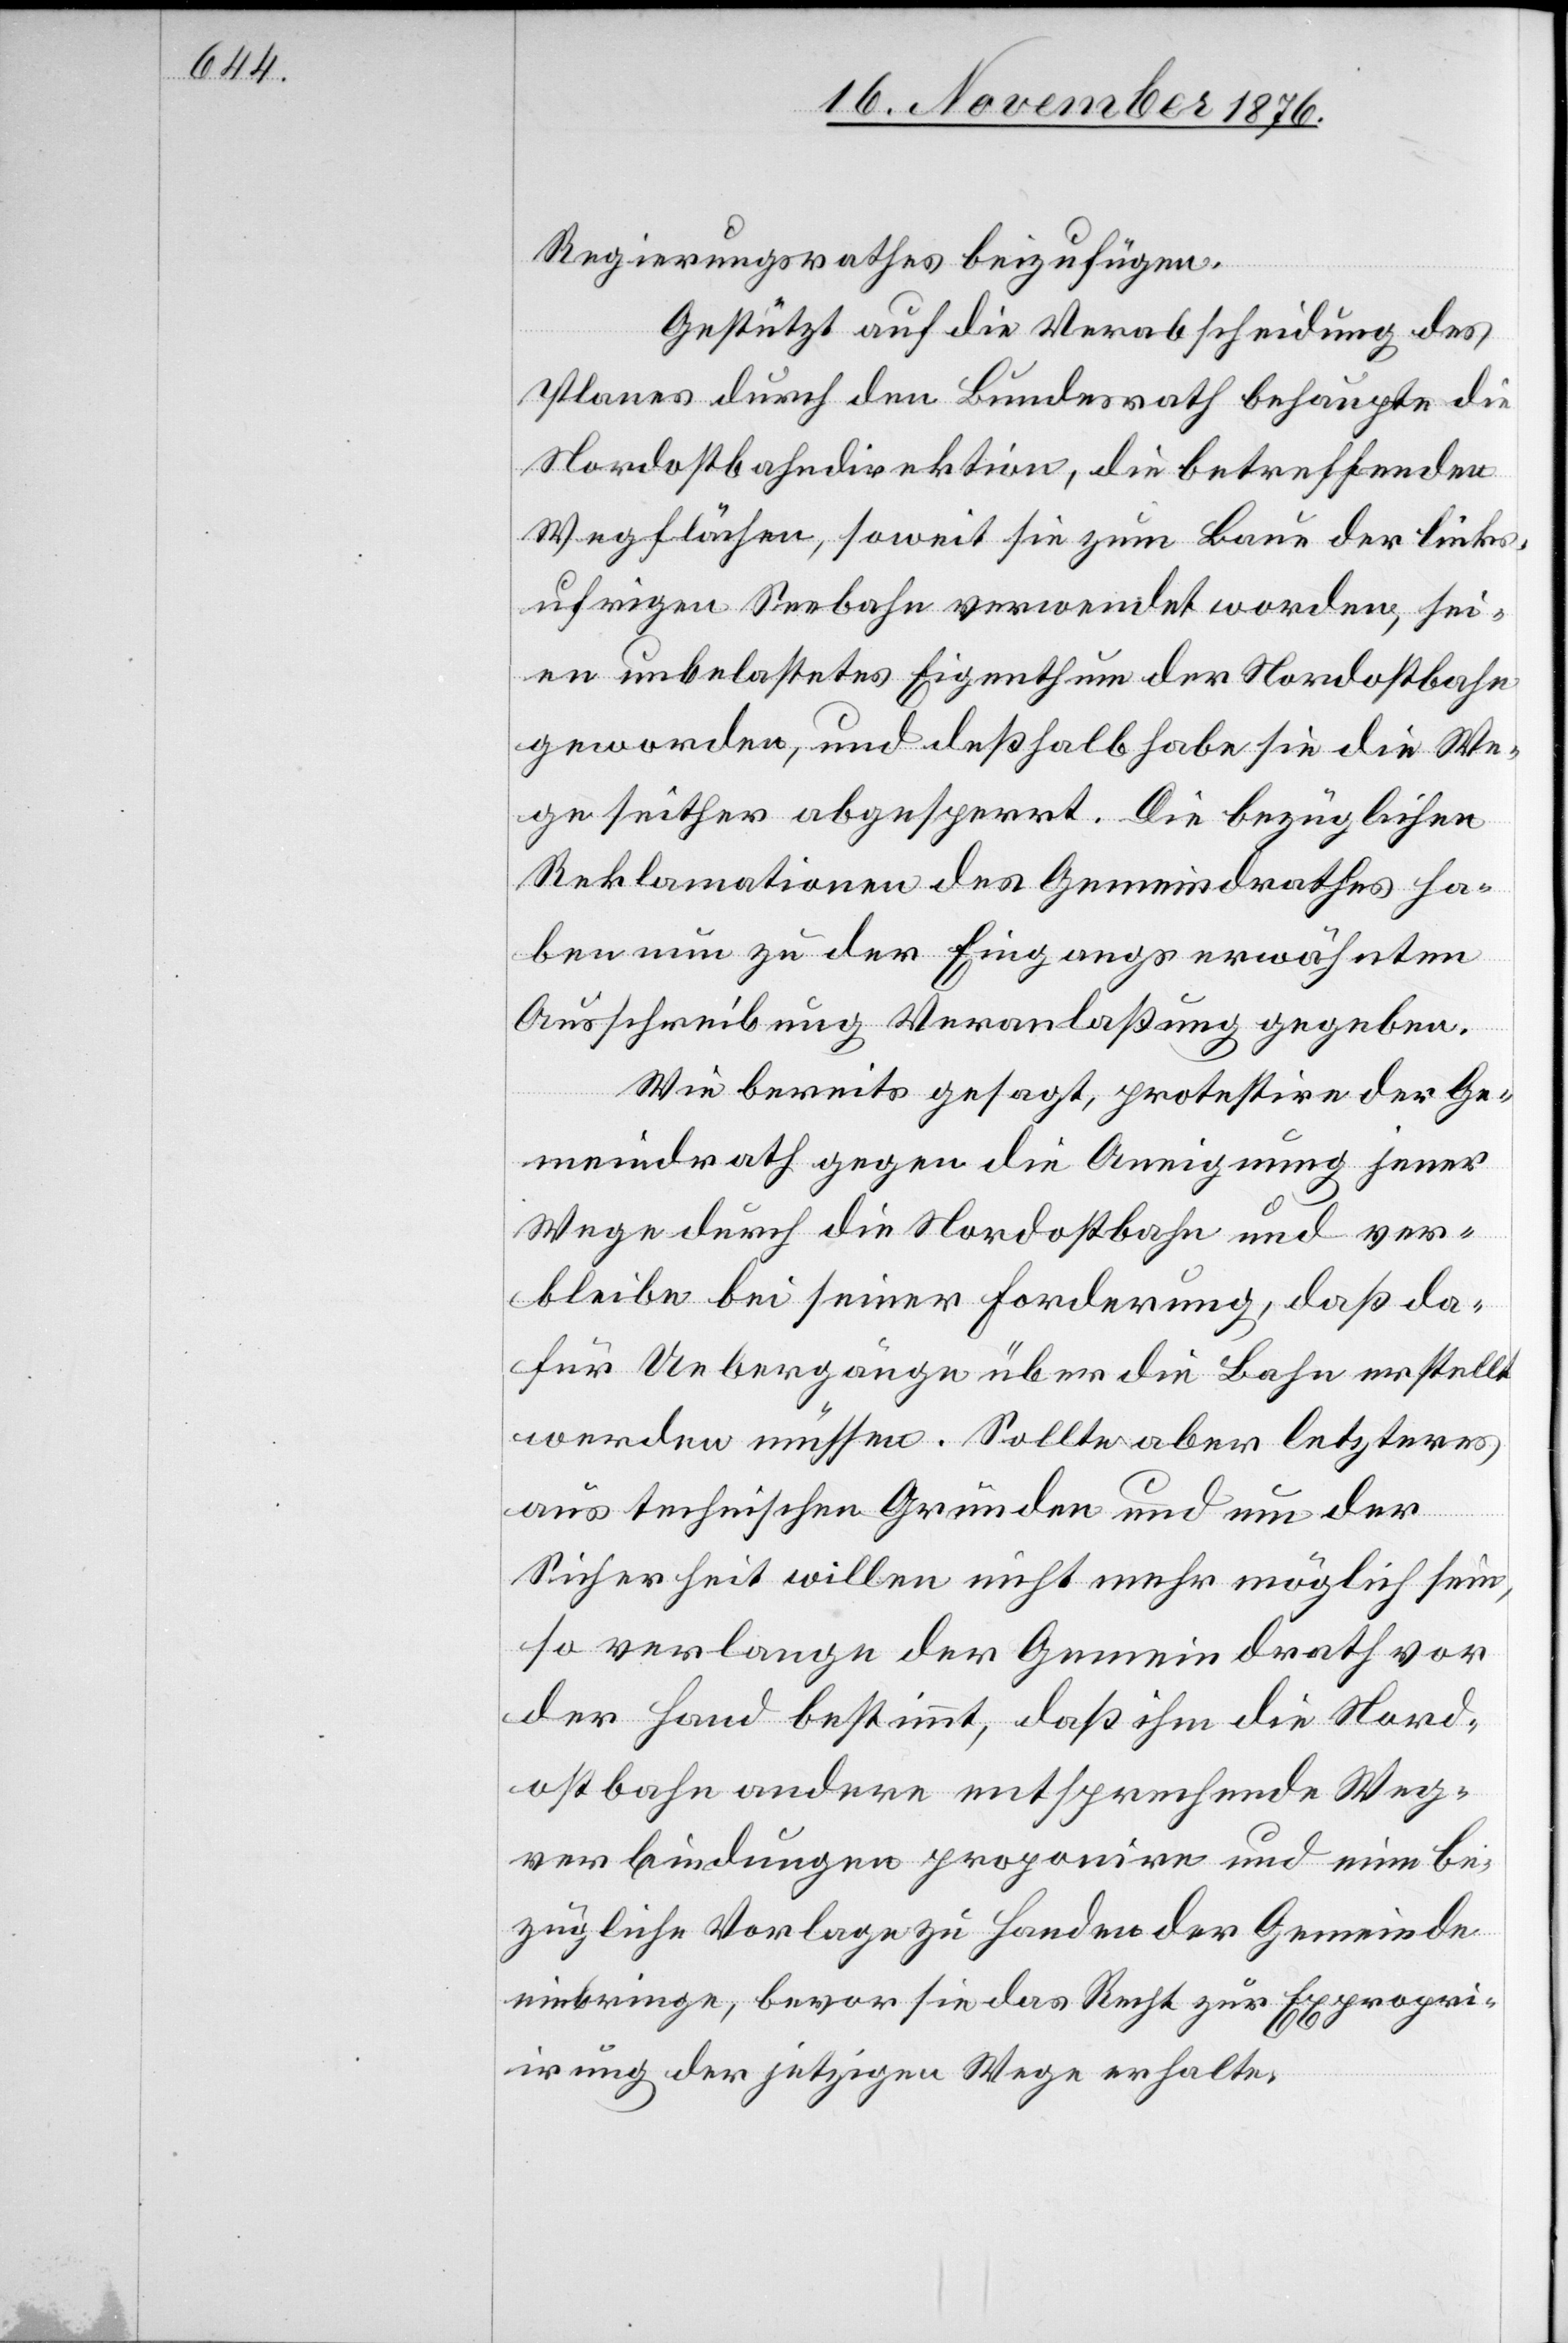
Regierungsrathes beizufügen.
Gestützt auf die Verabscheidung
Planes durch den Bundesrath behaupte die
Nordostbahndirektion, die betreffenden
Wegflächen, soweit sie zum Baue der links¬
ufrigen Seebahn verwendet worden, sei¬
en unbelastetes Eigenthum der Nordostbahn
geworden, und deßhalb habe sie die We¬
ge seither abgesperrt. Die bezüglichen
Reklamationen des Gemeindrathes ha¬
ben nun zu der Eingangs erwähnten
Ausschreibung Veranlaßung gegeben.
Wie bereits gesagt, protestire der Ge¬
meindrath gegen die Aneignung jener
Wege durch die Nordostbahn und ver¬
bleibe bei seiner Forderung, daß da¬
für Uebergänge über die Bahn erstellt
werden müssen. Sollte aber letzteres
aus technischen Gründen und um der
Sicherheit willen nicht mehr möglich sein,
so verlange der Gemeindrath vor
der Hand bestimmt, daß ihm die Nord¬
ostbahn andre entsprechende Weg¬
verbindungen proponire und eine be¬
zügliche Vorlage zu Handen der Gemeinde
einbringe, bevor sie das Recht zur Expropri¬
irung der jetzigen Wege erhalte.